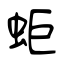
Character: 蚷